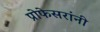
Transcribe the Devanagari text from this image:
प्रोफेसरांनी